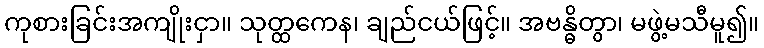
ကုစားခြင်းအကျိုးငှာ။ သုတ္ထကေန၊ ချည်ငယ်ဖြင့်။ အဗန္ဓိတွာ၊ မဖွဲ့မသီမူ၍။